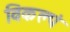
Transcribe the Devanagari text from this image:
विकल्पं